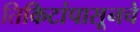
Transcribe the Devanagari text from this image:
तिकिटांपासूनचे